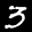
Label: 3